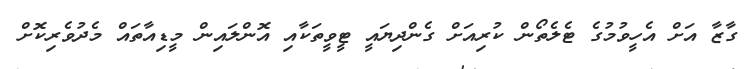
ގާޒާ އަށް އެހީވުމުގެ ޓެލެތޯން ކުރިއަށް ގެންދިޔައީ ޓީވީތަކާއި އޮންލައިން މީޑިއާތައް މެދުވެރިކޮށް